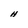
Character: H